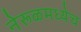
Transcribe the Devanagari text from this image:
नेरूळमध्येच